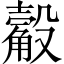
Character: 觳